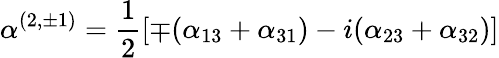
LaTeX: \alpha^{(2,\pm 1)}=\frac{1}{2}[\mp(\alpha_{13}+\alpha_{31})-i(\alpha_{23}+\alpha_{32})]